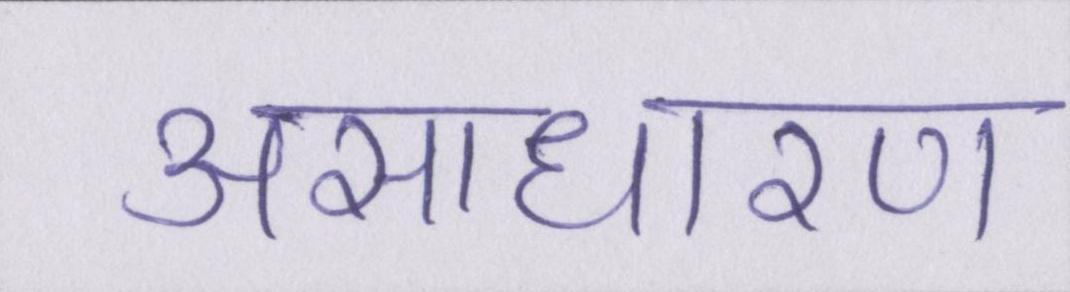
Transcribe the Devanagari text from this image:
असाधारण